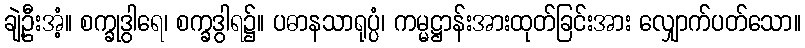
ချဲ့ဦးအံ့။ စက္ခုဒွါရေ၊ စက္ခဒွါရ၌။ ပဓာနသာရုပ္ပံ၊ ကမ္မဋ္ဌာန်းအားထုတ်ခြင်းအား လျှောက်ပတ်သော။